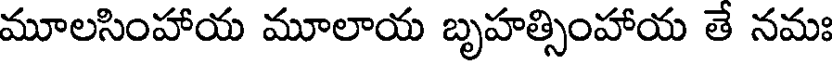
మూలసింహాయ మూలాయ బృహత్సింహాయ తే నమః